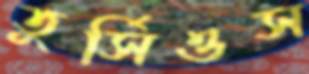
তুর্সিওস